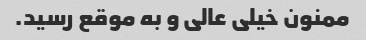
ممنون خیلی عالی و به موقع رسید.